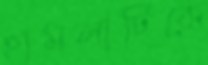
হামলাটিকে